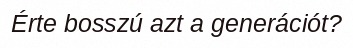
Érte bosszú azt a generációt?